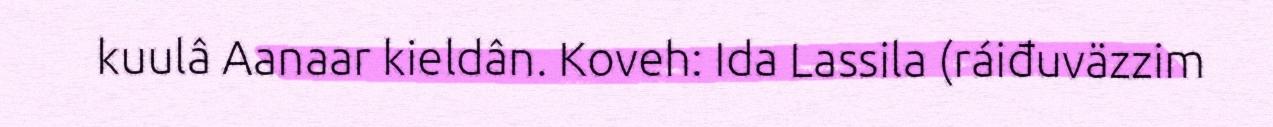
kuulâ Aanaar kieldân. Koveh: Ida Lassila (ráiđuväzzim